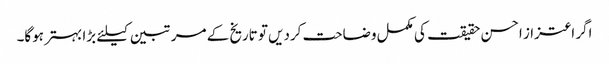
اگر اعتزاز احسن حقیقت کی مکمل وضاحت کردیں تو تاریخ کے مرتبین کیلئے بڑا بہتر ہوگا۔